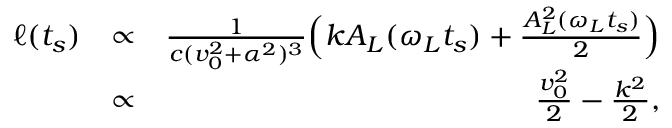
\begin{array} { r l r } { \ell ( t _ { s } ) } & { \propto } & { \frac { 1 } { c ( v _ { 0 } ^ { 2 } + \alpha ^ { 2 } ) ^ { 3 } } \Big ( k A _ { L } ( \omega _ { L } t _ { s } ) + \frac { A _ { L } ^ { 2 } ( \omega _ { L } t _ { s } ) } { 2 } \Big ) } \\ & { \propto } & { \frac { v _ { 0 } ^ { 2 } } { 2 } - \frac { k ^ { 2 } } { 2 } , } \end{array}